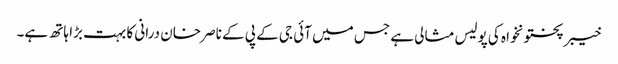
خیبر پختونخواہ کی پولیس مثالی ہے جس میں آئی جی کے پی کے ناصر خان درانی کا بہت بڑا ہاتھ ہے۔